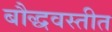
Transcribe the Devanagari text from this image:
बौद्धवस्तीत